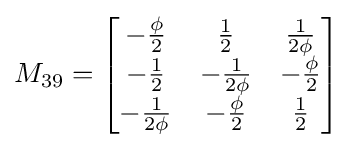
M_{39}={\begin{bmatrix}-{\frac {\phi }{2}}&{\frac {1}{2}}&{\frac {1}{2\phi }}\\-{\frac {1}{2}}&-{\frac {1}{2\phi }}&-{\frac {\phi }{2}}\\-{\frac {1}{2\phi }}&-{\frac {\phi }{2}}&{\frac {1}{2}}\end{bmatrix}}